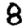
Digit: 8